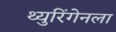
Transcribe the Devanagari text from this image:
थ्युरिंगेनला